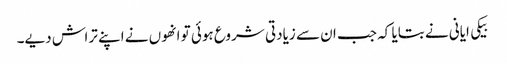
بیکی ایانی نے بتایا کہ جب ان سے زیادتی شروع ہوئی تو انھوں نے اپنے تراش دیے۔